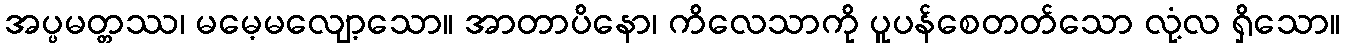
အပ္ပမတ္တဿ၊ မမေ့မလျော့သော။ အာတာပိနော၊ ကိလေသာကို ပူပန်စေတတ်သော လုံ့လ ရှိသော။